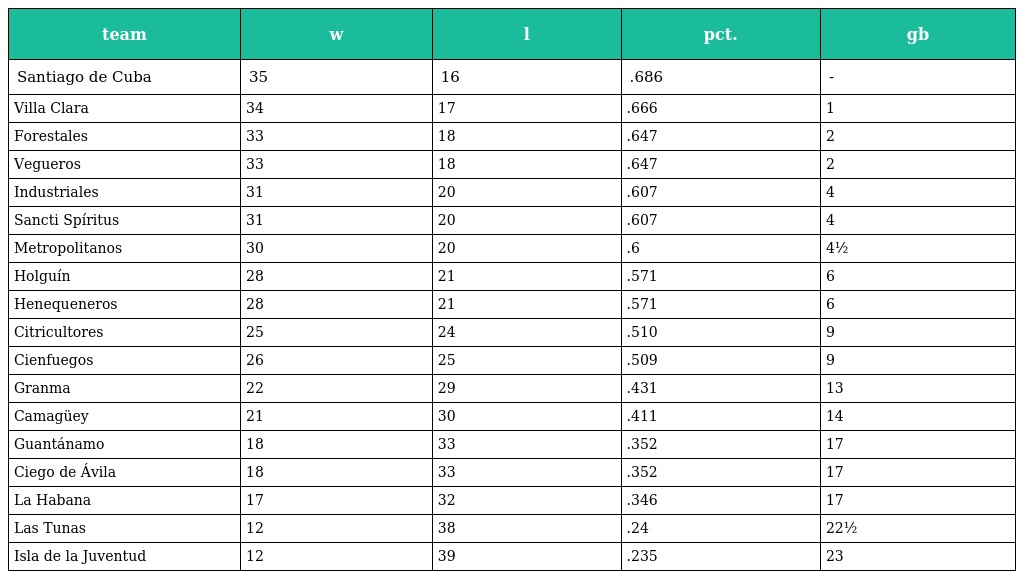
| team | w | l | pct. | gb |
 | --- | --- | --- | --- | --- |
 | Santiago de Cuba | 35 | 16 | .686 | - |
 | Villa Clara | 34 | 17 | .666 | 1 |
 | Forestales | 33 | 18 | .647 | 2 |
 | Vegueros | 33 | 18 | .647 | 2 |
 | Industriales | 31 | 20 | .607 | 4 |
 | Sancti Spíritus | 31 | 20 | .607 | 4 |
 | Metropolitanos | 30 | 20 | .6 | 4½ |
 | Holguín | 28 | 21 | .571 | 6 |
 | Henequeneros | 28 | 21 | .571 | 6 |
 | Citricultores | 25 | 24 | .510 | 9 |
 | Cienfuegos | 26 | 25 | .509 | 9 |
 | Granma | 22 | 29 | .431 | 13 |
 | Camagüey | 21 | 30 | .411 | 14 |
 | Guantánamo | 18 | 33 | .352 | 17 |
 | Ciego de Ávila | 18 | 33 | .352 | 17 |
 | La Habana | 17 | 32 | .346 | 17 |
 | Las Tunas | 12 | 38 | .24 | 22½ |
 | Isla de la Juventud | 12 | 39 | .235 | 23 |